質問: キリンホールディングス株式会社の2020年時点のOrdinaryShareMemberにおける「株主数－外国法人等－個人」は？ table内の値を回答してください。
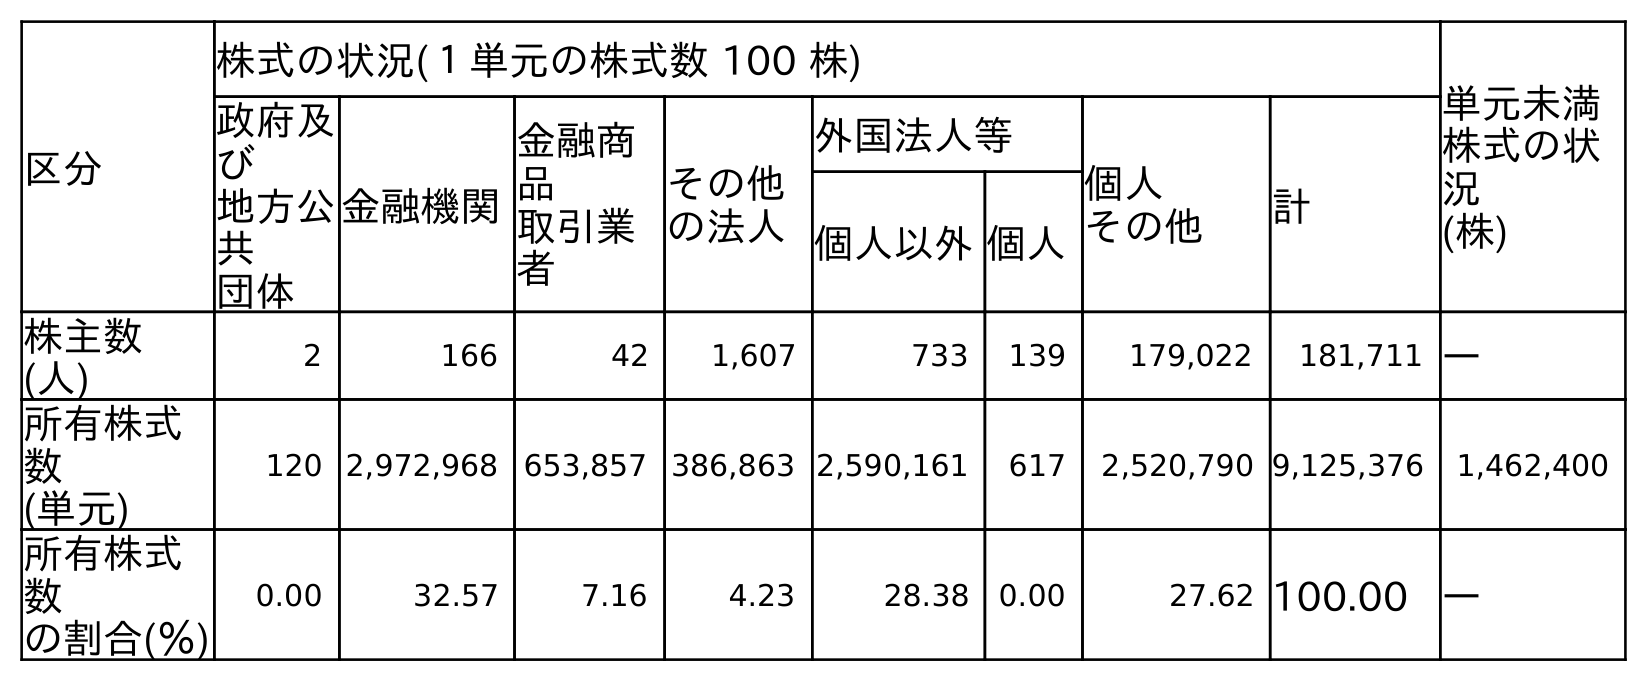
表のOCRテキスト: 区分 株式の状況(１単元の株式数 100 株) 単元未満 株式の状 況 (株) 政府及 び 地方公 共 団体 金融機関 金融商 品 取引業 者 その他 の法人 外国法人等 個人 その他 計 個人以外個人 株主数 (人) 2 166 42 1,607 733 139 179,022 181,711 ― 所有株式 数 (単元) 120 2,972,968 653,857 386,863 2,590,161 617 2,520,790 9,125,376 1,462,400 所有株式 数 の割合(％) 0.00 32.57 7.16 4.23 28.38 0.00 27.62 100.00 ―
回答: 139